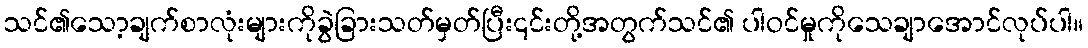
သင်၏သော့ချက်စာလုံးများကိုခွဲခြားသတ်မှတ်ပြီး၎င်းတို့အတွက်သင်၏ ပါဝင်မှုကိုသေချာအောင်လုပ်ပါ။